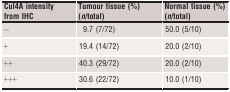
<table><thead><tr><td><b>Cul4A intensity from IHC</b></td><td><b>Tumour tissue (%) (<i>n</i>/total)</b></td><td><b>Normal tissue (%) (<i>n</i>/total)</b></td></tr></thead><tbody><tr><td>−</td><td>9.7 (7/72)</td><td>50.0 (5/10)</td></tr><tr><td>+</td><td>19.4 (14/72)</td><td>20.0 (2/10)</td></tr><tr><td>++</td><td>40.3 (29/72)</td><td>20.0 (2/10)</td></tr><tr><td>+++</td><td>30.6 (22/72)</td><td>10.0 (1/10)</td></tr></tbody></table>